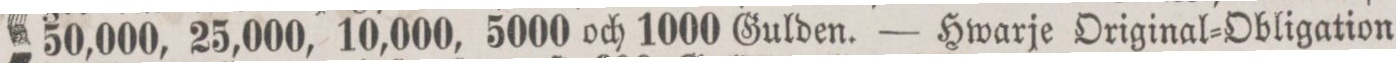
50,000, 25,000, 10,000, 5000 och 1000 Gulden. — Hwarje Original=Obligation